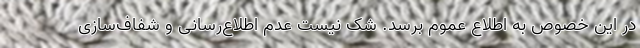
در این خصوص به اطلاع عموم برسد. شک نیست عدم اطلاع‌رسانی و شفاف‌سازی